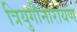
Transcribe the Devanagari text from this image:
त्रियुगीनारायण